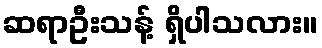
ဆရာဦးသန့် ရှိပါသလား။